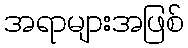
အရာများအဖြစ်